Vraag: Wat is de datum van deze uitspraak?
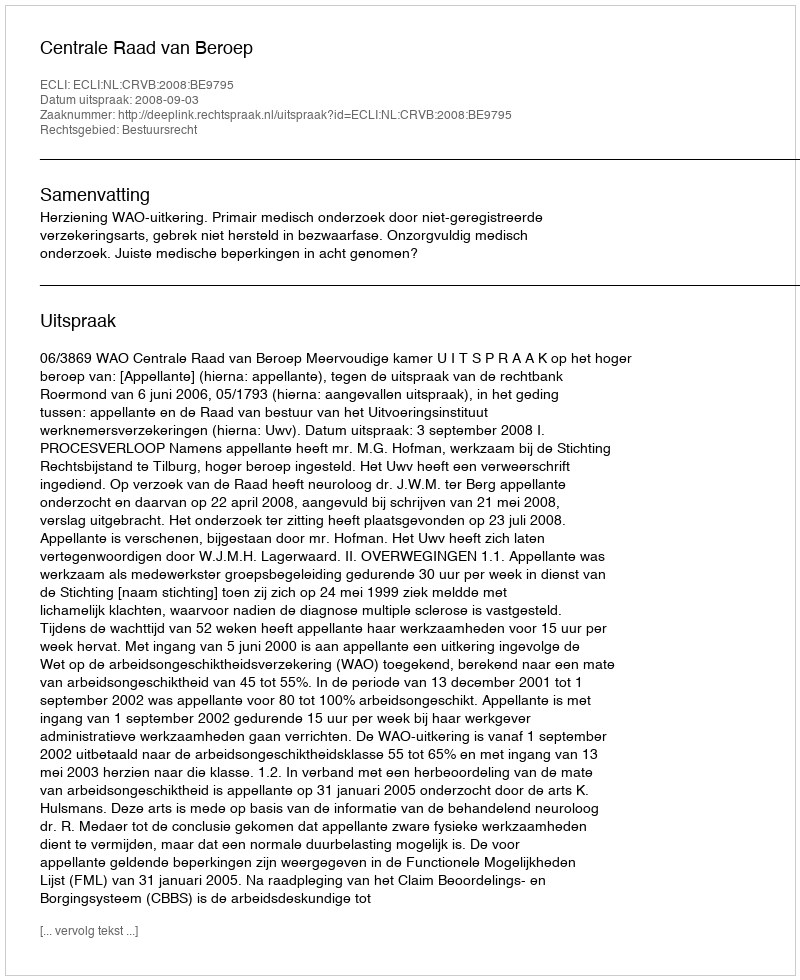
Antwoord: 2008-09-03